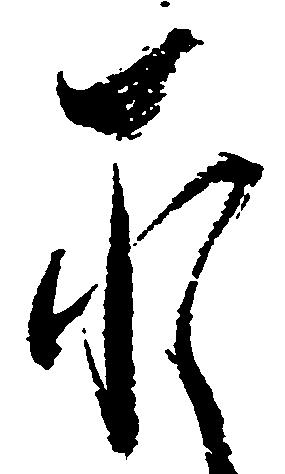
承